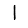
Digit: 1